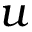
u